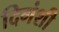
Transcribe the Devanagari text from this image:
दिगंशी